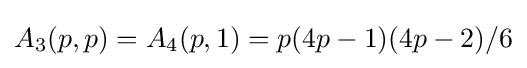
A_{3}(p,p)=A_{4}(p,1)=p(4p-1)(4p-2)/6